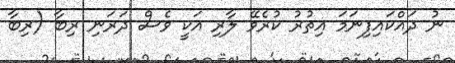
ނު ދައްކައިފިނަމަ އިތުރު ކުރެވޭ ލާރި އަކީ ވެސް ދަރަނި ރިބާ (ރިބާ